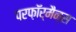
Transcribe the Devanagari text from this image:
परफ़ॉर्मैन्स